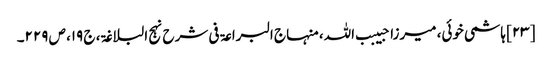
[۲۳] ہاشمی خوئی، میرزا حبیبب اللہ، منہاج البراعۃ فی شرح نہج البلاغۃ، ج ۱۹، ص ۲۲۹۔